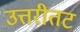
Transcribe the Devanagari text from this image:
उत्तरीतट